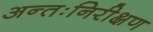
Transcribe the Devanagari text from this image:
अन्तःनिरीक्षण